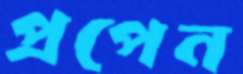
প্রপেন